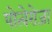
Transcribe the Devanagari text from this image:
पोत्वेरोजा